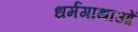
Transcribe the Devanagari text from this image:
धर्मगाथाओं